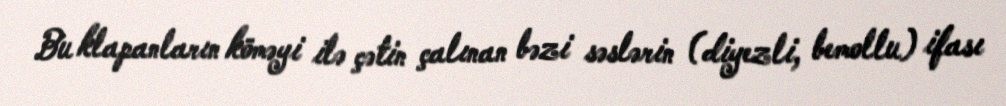
Bu klapanların köməyi ilə çətin çalınan bəzi səslərin (diyezli, bemollu) ifası